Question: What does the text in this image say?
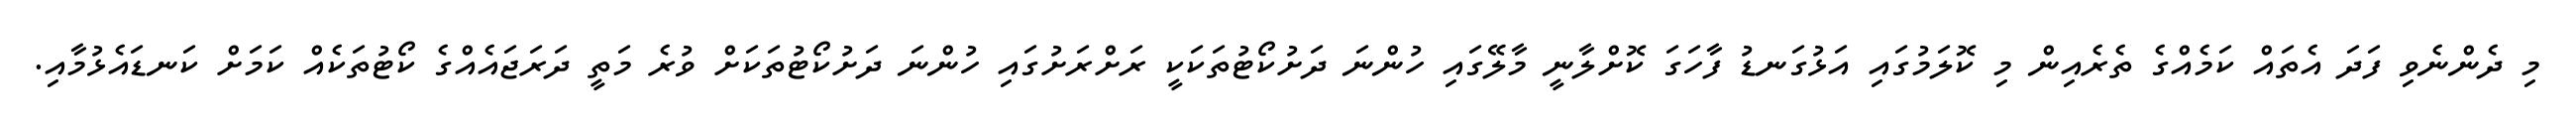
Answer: މި ދެންނެވި ފަދަ އެތައް ކަމެއްގެ ތެރެއިން މި ކޮލަމުގައި އަޅުގަނޑު ފާހަގަ ކޮށްލާނީ މާލޭގައި ހުންނަ ދަށުކޯޓުތަކަކީ ރަށްރަށުގައި ހުންނަ ދަށުކޯޓުތަކަށް ވުރެ މަތީ ދަރަޖައެއްގެ ކޯޓުތަކެއް ކަމަށް ކަނޑައެޅުމާއި.